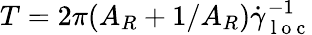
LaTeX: T=2\pi(A_{R}+1/A_{R})\dot{\gamma}_{\mathrm{~l~o~c~}}^{-1}